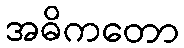
အဓိကတော